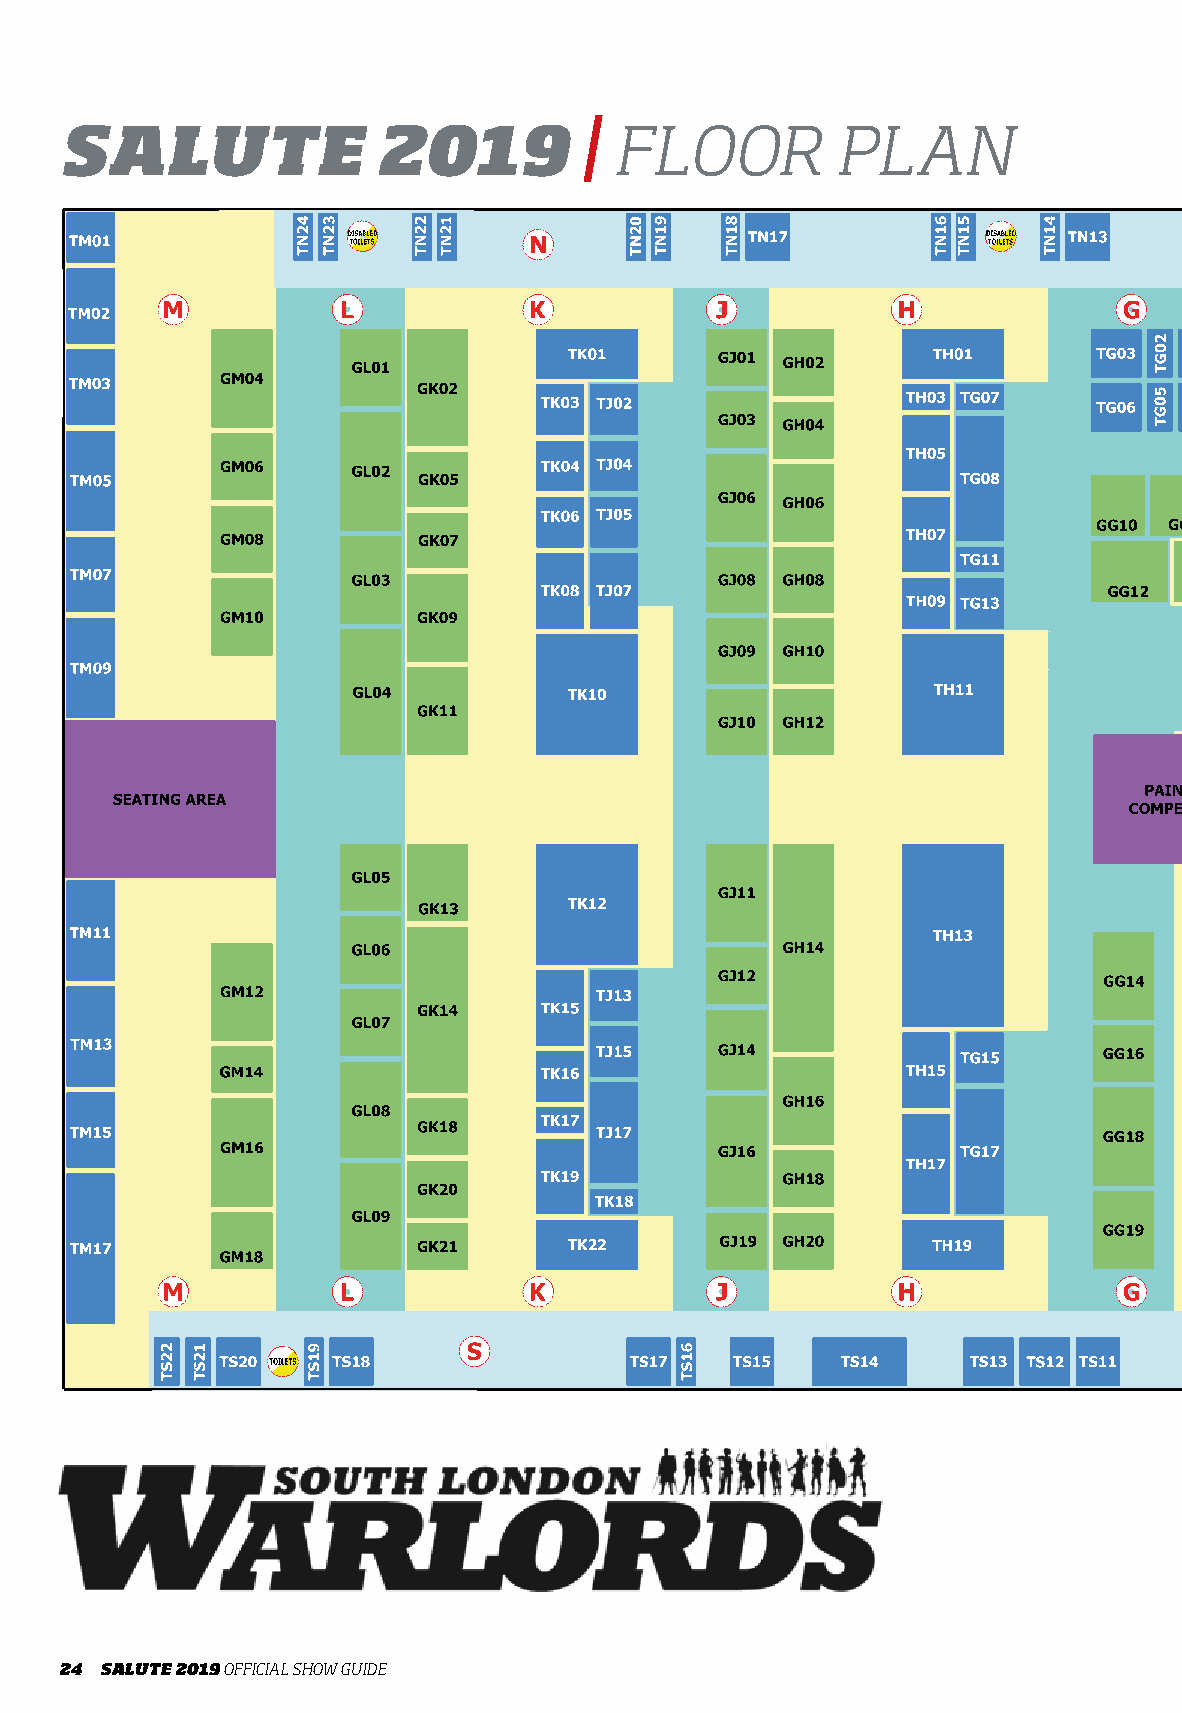
|
 SALUTE               2019           FLOOR          PLAN
 24 SALUTE 2019 OFFICIAL SHOW GUIDE